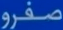
صفرو